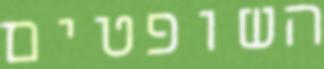
השופטים